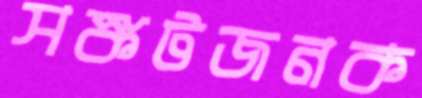
সঙ্কটজনক